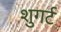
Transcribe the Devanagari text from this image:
शुगर्ट